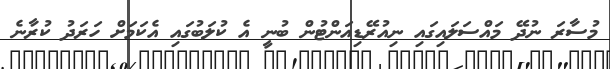
މުސާރަ ނުދޭ މައްސަލައިގައި ނިއުރޭޑިއަންޓުން ބުނީ އެ ކުލަބުގައި އެކަމަށް ހަރަދު ކުރާނެ